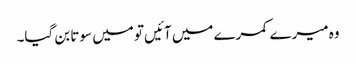
وہ میرے کمرے میں آئیں تو میں سوتا بن گیا۔